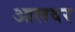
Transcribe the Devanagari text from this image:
आलवर